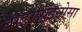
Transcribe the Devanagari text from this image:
बाइस्पाइनोसा